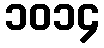
၁၀၁၄